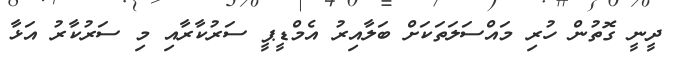
ދީނީ ގޮތުން ހުރި މައްސަލަތަކަށް ބަލާއިރު އެމްޑީޕީ ސަރުކާރާއި މި ސަރުކާރު އަޅާ